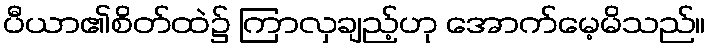
ပီယာ၏စိတ်ထဲ၌ ကြာလှချည့်ဟု အောက်မေ့မိသည်။